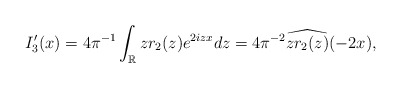
\begin{align*}\begin{aligned}I_3'(x) =4\pi^{-1} \int_{\mathbb{R}} z r_2(z) e^{2izx}d z = 4\pi^{-2} \widehat{z r_2(z)}(-2x),\end{aligned}\end{align*}